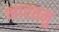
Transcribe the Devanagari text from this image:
भारतमु